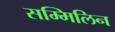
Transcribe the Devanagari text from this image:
सम्मिलिन